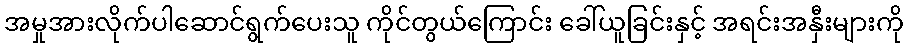
အမှုအားလိုက်ပါဆောင်ရွက်ပေးသူ ကိုင်တွယ်ကြောင်း ခေါ်ယူခြင်းနှင့် အရင်းအနှီးများကို